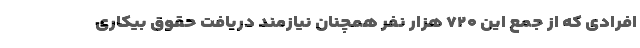
افرادی که از جمع این ۷۲۰ هزار نفر همچنان نیازمند دریافت حقوق بیکاری